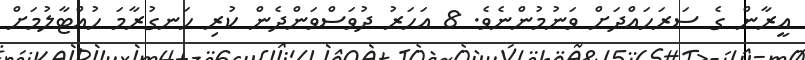
އީރާން ގެ ސަރަހައްދަށް ވަނުމުންނެވެ. 8 އަހަރު ދުވަސްވަންދެން ކުރި ހަނގުރާމަ ހުއްޓާލުމަށް